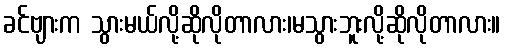
ခင်ဗျားက သွားမယ်လို့ဆိုလိုတာလား၊မသွားဘူးလို့ဆိုလိုတာလား။